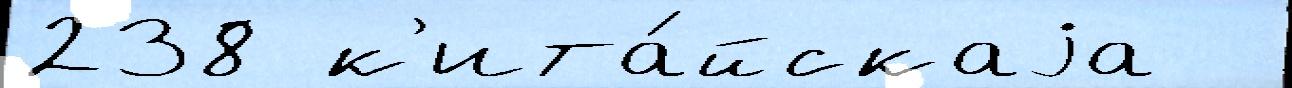
238 к'ита́йскаjа